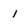
Character: 1